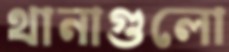
থানাগুলো